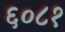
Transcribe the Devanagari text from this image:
६०८१